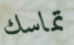
تماسك